Report of the Bombay Veterinary College
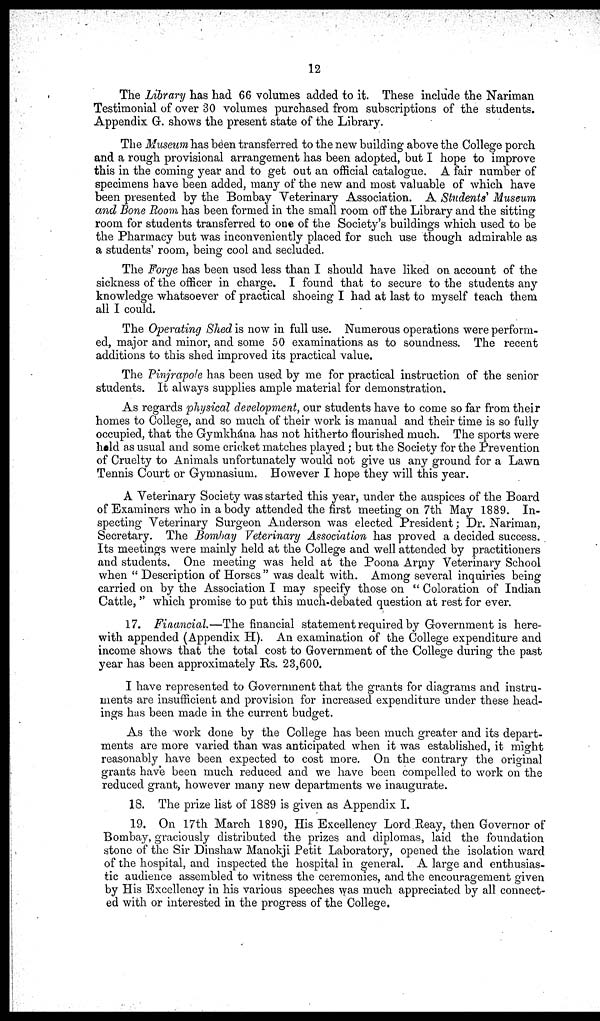
12
The Library has had 66 volumes added to it. These include the Nariman
Testimonial of over 30 volumes purchased from subscriptions of the students.
Appendix G. shows the present state of the Library.
The Museum has been transferred to the new building above the College porch
and a rough provisional arrangement has been adopted, but I hope to improve
this in the coming year and to get out an official catalogue. A fair number of
specimens have been added, many of the new and most valuable of which have
been presented by the Bombay Veterinary Association. A Students' Museum
and Bone Room has been formed in the small room off the Library and the sitting
room for students transferred to one of the Society's buildings which used to be
the Pharmacy but was inconveniently placed for such use though admirable as
a students' room, being cool and secluded.
The Forge has been used less than I should have liked on account of the
sickness of the officer in charge. I found that to secure to the students any
knowledge whatsoever of practical shoeing I had at last to myself teach them
all I could.
The Operating Shed is now in full use. Numerous operations were perform-
ed, major and minor, and some 50 examinations as to soundness. The recent
additions to this shed improved its practical value.
The Pinjrapole has been used by me for practical instruction of the senior
students. It always supplies ample material for demonstration.
As regards physical development, our students have to come so far from their
homes to College, and so much of their work is manual and their time is so fully
occupied, that the Gymkhána has not hitherto flourished much. The sports were
held as usual and some cricket matches played ; but the Society for the Prevention
of Cruelty to Animals unfortunately would not give us any ground for a Lawn
Tennis Court or Gymnasium. However I hope they will this year.
A Veterinary Society was started this year, under the auspices of the Board
of Examiners who in a body attended the first meeting on 7th May 1889. In-
specting Veterinary Surgeon Anderson was elected President ; Dr. Nariman,
Secretary. The Bombay Veterinary Association has proved a decided success.
Its meetings were mainly held at the College and well attended by practitioners
and students. One meeting was held at the Poona Army Veterinary School
when "Description of Horses" was dealt with. Among several inquiries being
carried on by the Association I may specify those on " Coloration of Indian
Cattle, " which promise to put this much-debated question at rest for ever.
17. Financial.—The financial statement required by Government is here-
with appended (Appendix H). An examination of the College expenditure and
income shows that the total cost to Government of the College during the past
year has been approximately Rs. 23,600.
I have represented to Government that the grants for diagrams and instru-
ments are insufficient and provision for increased expenditure under these head-
ings has been made in the current budget.
As the work done by the College has been much greater and its depart-
ments are more varied than was anticipated when it was established, it might
reasonably have been expected to cost more. On the contrary the original
grants have been much reduced and we have been compelled to work on the
reduced grant, however many new departments we inaugurate.
18. The prize list of 1889 is given as Appendix I.
19. On 17th March 1890, His Excellency Lord Reay, then Governor of
Bombay, graciously distributed the prizes and diplomas, laid the foundation
stone of the Sir Dinshaw Manokji Petit Laboratory, opened the isolation ward
of the hospital, and inspected the hospital in general. A large and enthusias-
tic audience assembled to witness the ceremonies, and the encouragement given
by His Excellency in his various speeches was much appreciated by all connect-
ed with or interested in the progress of the College.